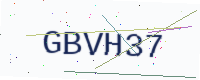
Text: GBVH37